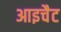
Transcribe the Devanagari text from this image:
आइचैट